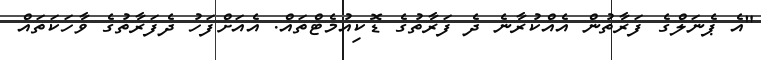
"އެ ޕެނަލްގެ ފަރާތުން އެއްކުރާނެ ދެ ފަރާތުގެ ޑޮކިއުމެޓްތައް. އެއަށްފަހު ދެފަރާތުގެ ވާހަކަތައް